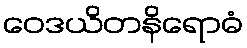
ဝေဒယိတနိရောဓံ